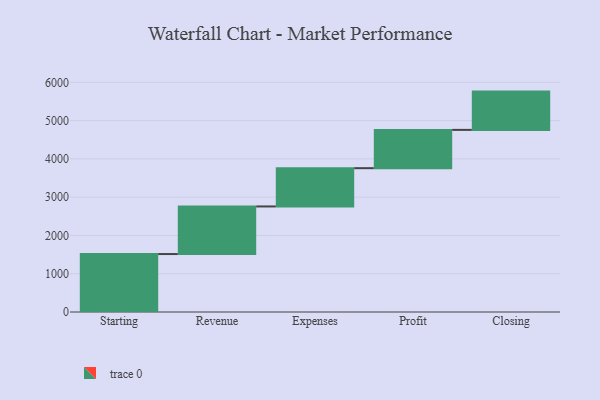
{"axis": {"x": "Step", "y": "Value"}, "legend": [""], "data": [{"x": "Starting", "y": 1514.0, "type": ""}, {"x": "Revenue", "y": 1243.0, "type": ""}, {"x": "Expenses", "y": 1000, "type": ""}, {"x": "Profit", "y": 1000, "type": ""}, {"x": "Closing", "y": 1000, "type": ""}]}